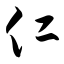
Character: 仁